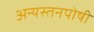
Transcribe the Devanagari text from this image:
अन्यस्तनपोषी